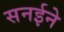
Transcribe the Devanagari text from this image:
सनईने